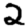
Digit: 2